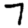
Digit: 7